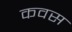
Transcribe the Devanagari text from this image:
कवस